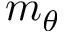
m _ { \theta }